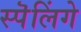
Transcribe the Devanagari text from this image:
स्पॆलिंगे